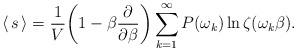
LaTeX: \begin{align*}\langle\,s\,\rangle=\frac{1}{V}\biggl(1-\beta\frac{\partial}{\partial\beta}\biggr)\sum_{k=1}^{\infty}P(\omega_{k})\ln\zeta(\omega_{k}\beta).\end{align*}